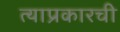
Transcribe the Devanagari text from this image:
त्याप्रकारची